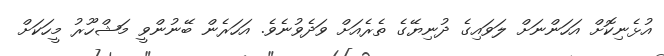
އުޅެނިކޮށް އަހަންނަށް ލަވައިގެ ދުނިޔޭގެ ތެރެއަށް ވަދެވުނެވެ. އަހަރެން ބޭނުންވީ މަޝްހޫރު މީހަކަށް